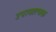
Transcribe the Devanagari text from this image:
उपायात्मक